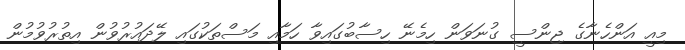
މިއީ އަންހެނާގެ ޖިންސީ ގުނަވަން ހިމެނޭ ހިސާބުގައިވާ ހަމާއި މަސްތަކުގައި ލޭދައުރުވުން އިތުރުވުމުން